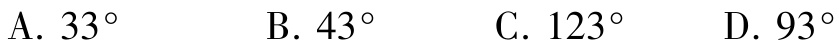
A. \(33^{\circ}\)  B. \(43^{\circ}\)  C. \(123^{\circ}\)  D. \(93^{\circ}\)